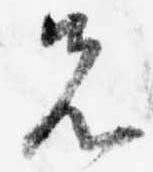
先